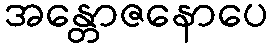
အန္တောဇနောပေ